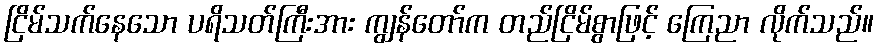
ငြိမ်သက်နေသော ပရိသတ်ကြီးအား ကျွန်တော်က တည်ငြိမ်စွာဖြင့် ကြေညာ လိုက်သည်။